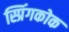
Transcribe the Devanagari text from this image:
स्प्रिंगकोक